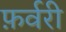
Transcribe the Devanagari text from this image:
फ़र्वरी